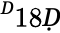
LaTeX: ^Ḋ18Ḍ